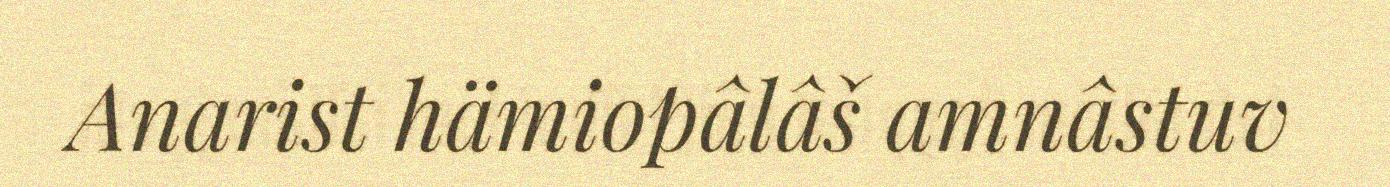
Anarist hämiopâlâš amnâstuv